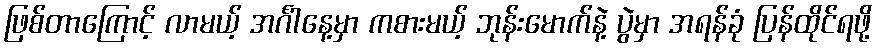
ဖြစ်တာကြောင့် လာမယ့် အင်္ဂါနေ့မှာ ကစားမယ့် ဘုန်းမောက်နဲ့ ပွဲမှာ အရန်ခုံ ပြန်ထိုင်ရဖို့